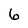
Character: 6